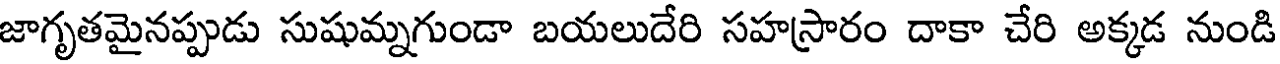
జాగృతమైనప్పుడు సుషుమ్నగుండా బయలుదేరి సహస్రారం దాకా చేరి అక్కడ నుండి